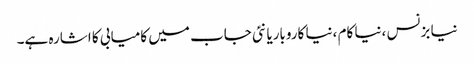
نیا بزنس ،نیا کام ،نیا کاروباریا نئی جاب میں کامیابی کا اشارہ ہے۔